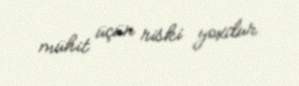
mühit üçün riski yoxdur.